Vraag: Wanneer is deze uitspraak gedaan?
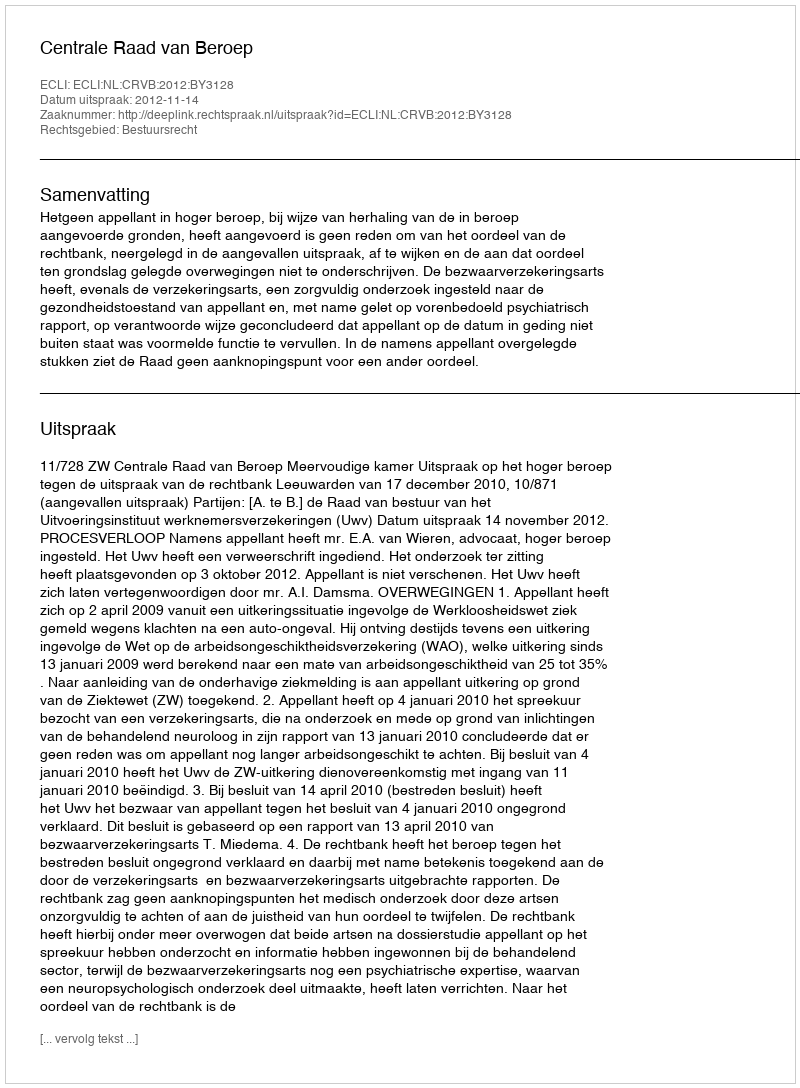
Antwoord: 2012-11-14